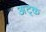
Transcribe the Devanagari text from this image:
अट्क